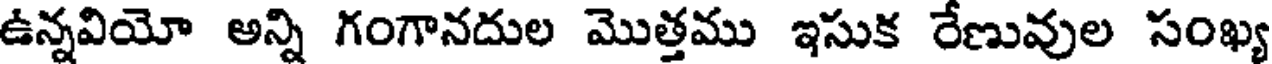
ఉన్నవియో అన్ని గంగానదుల మొత్తము ఇసుక రేణువుల సంఖ్య